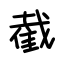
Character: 截